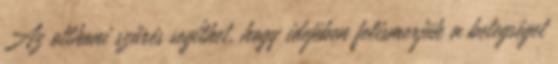
Az otthoni szűrés segíthet, hogy idejében felismerjük a betegséget